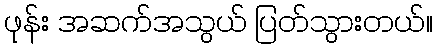
ဖုန်း အဆက်အသွယ် ပြတ်သွားတယ်။